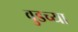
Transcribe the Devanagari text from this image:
वुडच्या